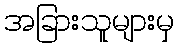
အခြားသူများမှ